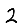
Digit: 2